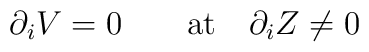
\partial _i V  = 0  \qquad {\rm at} \quad    \partial _i  Z  \neq 0